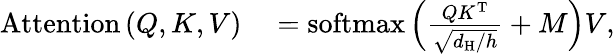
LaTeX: \begin{array}{rl}{\mathrm{Attention}\left(Q,K,V\right)}&{{}=\mathrm{softmax}\left(\frac{QK^{\mathrm{T}}}{\sqrt{d_{\mathrm{H}}/h}}+M\right)V,}\end{array}